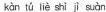
kàn tú liè shì jǐ suàn